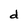
Character: d